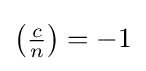
\left({\tfrac {c}{n}}\right)=-1